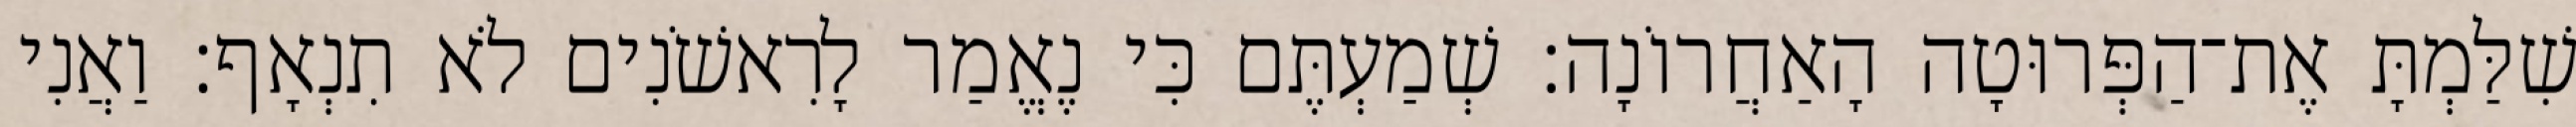
שִׁלַּמְתָּ אֶת־הַפְּרוּטָה הָאַחֲרוֹנָה׃ שְׁמַעְתֶּם כִּי נֶאֱמַר לָרִאשֹׁנִים לֹא תִנְאָף׃ וַאֲנִי